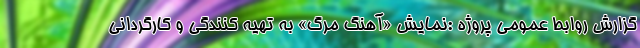
گزارش روابط عمومی پروژه :نمایش «آهنگ مرگ» به تهیه کنندگی و کارگردانی